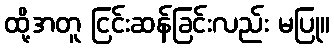
ထို့အတူ ငြင်းဆန်ခြင်းလည်း မပြု။